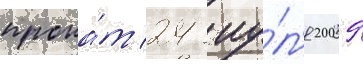
прока́т 24 иу́л'я 2009